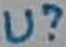
Text: U?